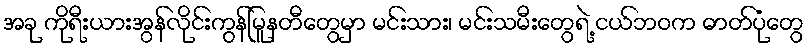
အခု ကိုရီးယားအွန်လိုင်းကွန်မြူနတီတွေမှာ မင်းသား၊ မင်းသမီးတွေရဲ့ ငယ်ဘဝက ဓာတ်ပုံတွေ